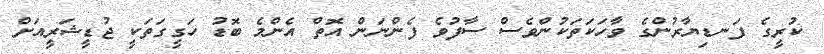
ކުރީގެ ފަނޑިޔާރުންގެ ވާހަަކަތަކުންވެސް ސާފުވެ ފެންނަން އޮތް އެންމެ ބޮޑު ހަގީގަތަކީ ޖުޑީޝަރީއަށް